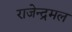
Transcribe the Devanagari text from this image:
राजेन्द्रमल